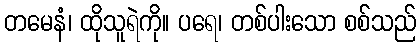
တမေနံ၊ ထိုသူရဲကို။ ပရေ၊ တစ်ပါးသော စစ်သည်